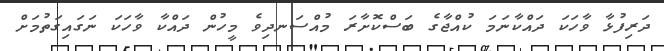
ދަރިފުޅާ ވާހަކަ ދައްކާނަމަ ކުއްޖާގެ ބަސްކޮށާރަ މުއްސަނދިވެ މީހުން ދައްކާ ވާހަކަ ނަގައިގަތުމަށް